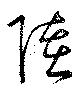
陸